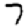
Digit: 7